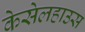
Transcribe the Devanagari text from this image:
केसेलहाउस